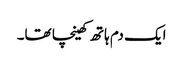
ایک دم ہاتھ کھینچا تھا۔